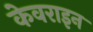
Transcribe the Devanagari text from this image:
केवराइन